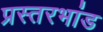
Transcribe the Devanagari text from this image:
प्रस्तरभांड